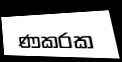
ණකරක